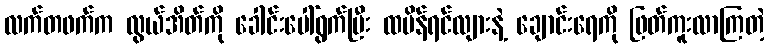
လက်တဖက်က လွယ်အိတ်ကို ခေါင်းပေါ်ရွက်ပြီး ထမိန်ရင်လျားနဲ့ ချောင်းရေကို ဖြတ်ကူးလာကြတဲ့